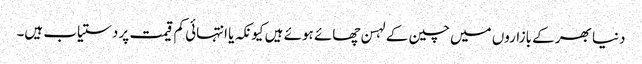
دنیا بھر کے بازاروں میں چین کے لہسن چھائے ہوئے ہیں کیونکہ یا انتہائی کم قیمت پر دستیاب ہیں۔